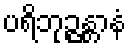
ပရိဘုဉ္ဇန္တာနံ